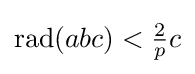
\operatorname {rad} (abc)<{\tfrac {2}{p}}c